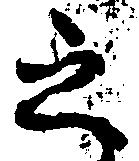
之